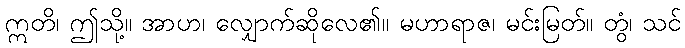
ဣတိ၊ ဤသို့။ အာဟ၊ လျှောက်ဆိုလေ၏။ မဟာရာဇ၊ မင်းမြတ်။ တွံ၊ သင်